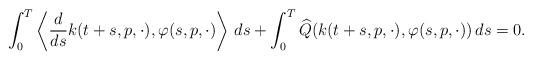
LaTeX: \begin{align*}\int_0^T\left\langle \frac{d}{ds}k(t+s,p,\cdot),\varphi(s,p,\cdot)\right\rangle\, ds + \int_0^T \widehat Q(k(t+s,p,\cdot),\varphi(s,p,\cdot))\, ds = 0.\end{align*}